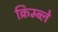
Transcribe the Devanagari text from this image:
क्रिम्ब्ले